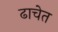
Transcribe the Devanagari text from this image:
ढाचेत